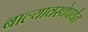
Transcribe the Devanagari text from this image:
बाल्यावस्थेपर्यंत